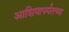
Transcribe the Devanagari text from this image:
आशियापर्यंतच्या